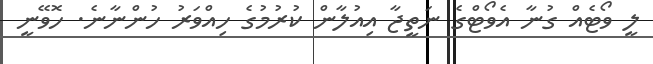
ލީ ވޯޓެއް ގުނާ އެވޯޓްގެ ނަތީޖާ އިއުލާން ކުރުމުގެ ހިއްވަރު ހުންނާނެ. ހޮވޭނީ